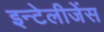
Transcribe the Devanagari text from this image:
इन्टेलीजेंस